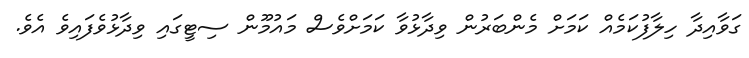
ގަވާއިދާ ހިލާފުކަމެއް ކަމަށް މެންބަރުން ވިދާޅުވާ ކަމަށްވެސް މައުމޫން ސިޓީގައި ވިދާޅުވެފައިވެ އެވެ.